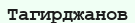
Тагирджанов